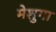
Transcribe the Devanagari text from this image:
मेशुगा